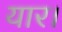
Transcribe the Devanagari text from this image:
यार।